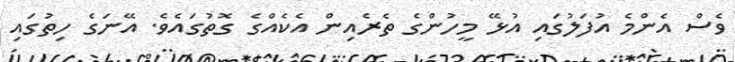
ވެސް އެންމެ އުފަލުގައި އުޅޭ މީހުންގެ ތެރެއިން އެކެއްގެ ގޮތުގައެވެ. އޭނަގެ ހިތުގައި